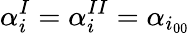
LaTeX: \alpha_{i}^{I}=\alpha_{i}^{II}=\alpha_{i_{00}}